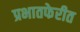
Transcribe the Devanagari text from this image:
प्रभातफेरीत